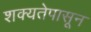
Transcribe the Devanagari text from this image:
शक्यतेपासून